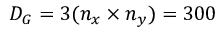
D _ { G } = 3 ( n _ { x } \times n _ { y } ) = 3 0 0